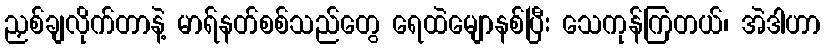
ညှစ်ချလိုက်တာနဲ့ မာရ်နတ်စစ်သည်တွေ ရေထဲမျောနစ်ပြီး သေကုန်ကြတယ်၊ အဲဒါဟာ